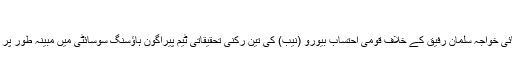
افتخار احمد کا تجزیہ دیکھئے
واضح رہے کہ خواجہ سعد رفیق اور ان کے بھائی خواجہ سلمان رفیق کے خلاف قومی احتساب بیورو (نیب) کی تین رکنی تحقیقاتی ٹیم پیراگون ہاؤسنگ سوسائٹی میں مبینہ طور پر کی جانے والی کرپشن کی تحقیقات کر رہی ہے۔